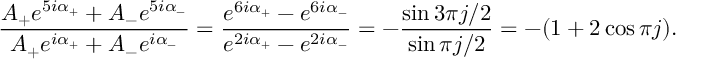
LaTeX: \frac { A _ { + } e ^ { 5 i \alpha _ { + } } + A _ { - } e ^ { 5 i \alpha _ { - } } } { A _ { + } e ^ { i \alpha _ { + } } + A _ { - } e ^ { i \alpha _ { - } } } = \frac { e ^ { 6 i \alpha _ { + } } - e ^ { 6 i \alpha _ { - } } } { e ^ { 2 i \alpha _ { + } } - e ^ { 2 i \alpha _ { - } } } = - \frac { \sin 3 \pi j / 2 } { \sin \pi j / 2 } = - ( 1 + 2 \cos \pi j ) .